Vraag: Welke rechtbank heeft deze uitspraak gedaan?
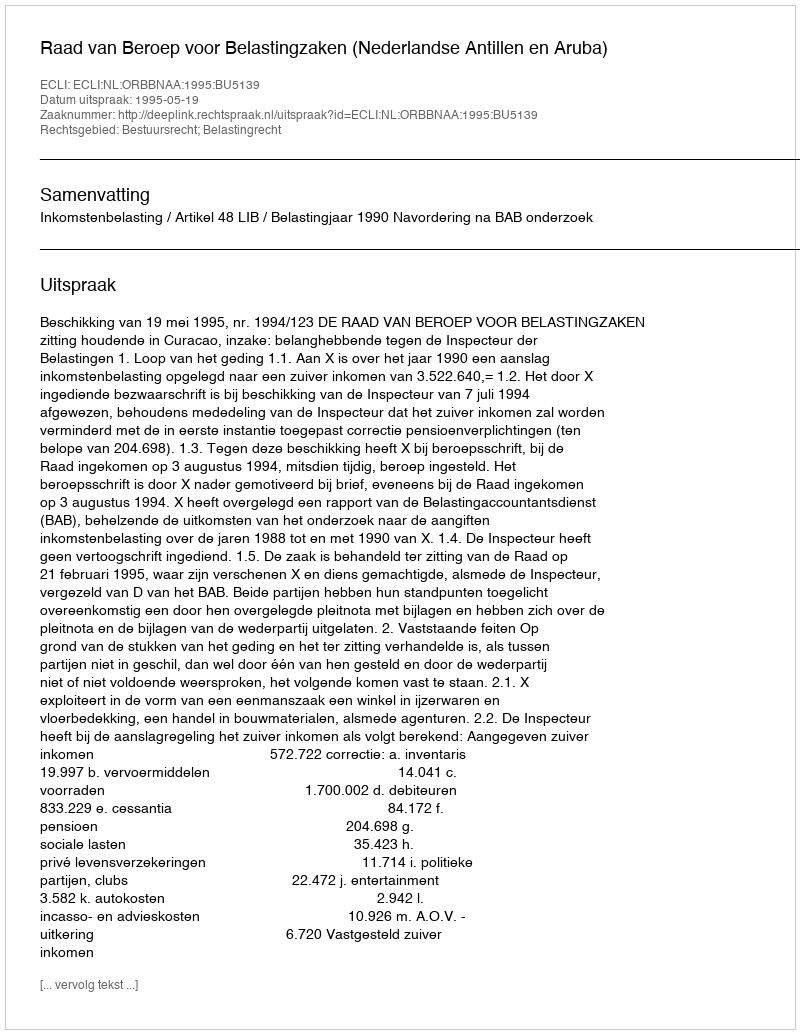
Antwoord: Raad van Beroep voor Belastingzaken (Nederlandse Antillen en Aruba)